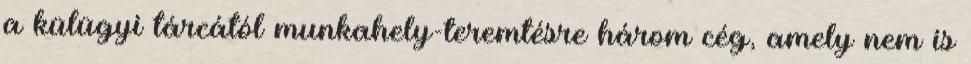
a külügyi tárcától munkahely-teremtésre három cég, amely nem is